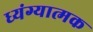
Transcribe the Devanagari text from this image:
ध्यंग्यात्मक